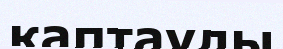
қаптаулы